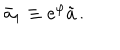
\bar { a } _ { 1 } \equiv e ^ { \varphi } \tilde { a } \, .